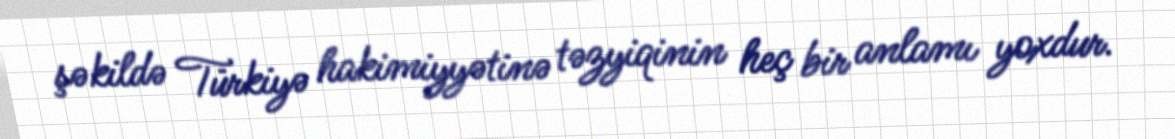
şəkildə Türkiyə hakimiyyətinə təzyiqinin heç bir anlamı yoxdur.